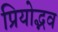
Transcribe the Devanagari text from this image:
प्रियोद्भव